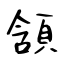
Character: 頷